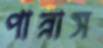
পান্নাস